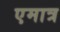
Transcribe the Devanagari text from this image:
एमात्र